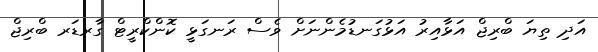
އަދި ތިޔަ ބްރިޖް އަޅާއިރު އަޅުގަނޑުމެންނަށް ވެސް ރަނގަޅީ ކޮންކްރީޓް ގާރޑަރ ބްރިޖް